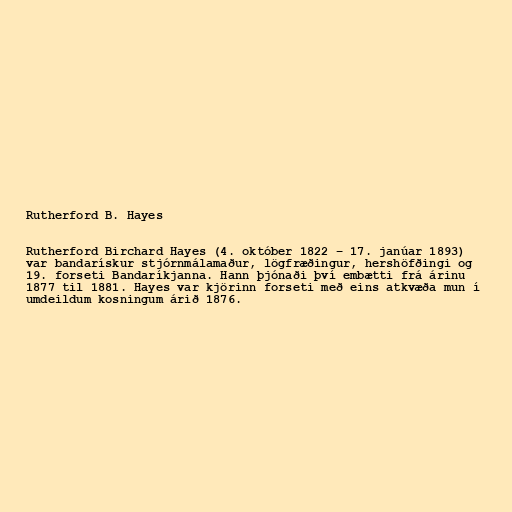
Rutherford B. Hayes

Rutherford Birchard Hayes (4. október 1822 – 17. janúar 1893)
var bandarískur stjórnmálamaður, lögfræðingur, hershöfðingi og
19. forseti Bandaríkjanna. Hann þjónaði því embætti frá árinu
1877 til 1881. Hayes var kjörinn forseti með eins atkvæða mun í
umdeildum kosningum árið 1876.